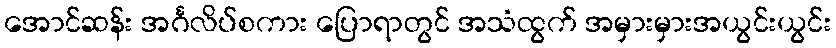
အောင်ဆန်း အင်္ဂလိပ်စကား ပြောရာတွင် အသံထွက် အမှားမှားအယွင်းယွင်း